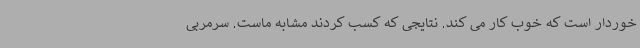
خوردار است که خوب کار می کند. نتایجی که کسب کردند مشابه ماست. سرمربی